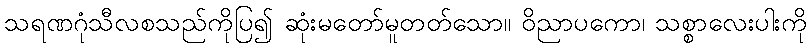
သရဏဂုံသီလစသည်ကိုပြ၍ ဆုံးမတော်မူတတ်သော။ ဝိညာပကော၊ သစ္စာလေးပါးကို